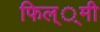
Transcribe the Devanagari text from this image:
फिल््मी